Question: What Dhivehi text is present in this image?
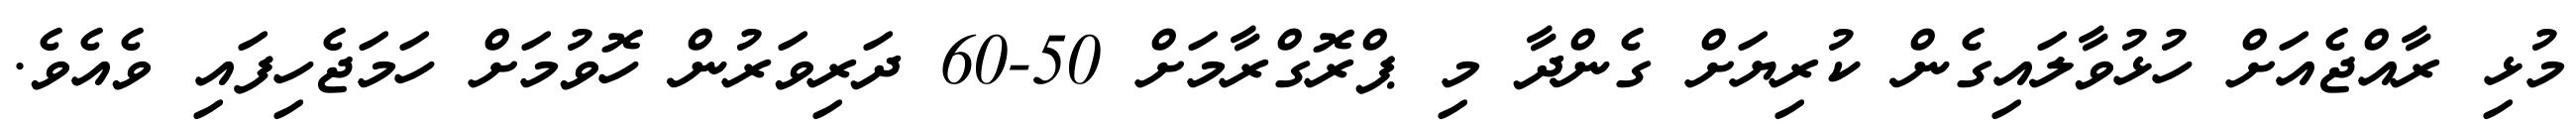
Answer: މުޅި ރާއްޖެއަށް ހުޅުވާލައިގެން ކުރިޔަށް ގެންދާ މި ޕްރޮގްރާމަށް 50-60 ދަރިވަރުން ހޮވުމަށް ހަމަޖެހިފައި ވެއެވެ.